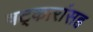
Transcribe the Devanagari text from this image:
षट्कारांसह